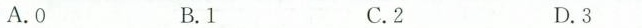
.A.O B.1 C.2 D.3